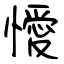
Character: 懓